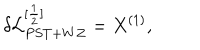
\delta { \cal L } _ { P S T + W Z } ^ { [ \frac { 1 } { 2 } ] } = X ^ { ( 1 ) } ,